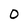
Character: 0